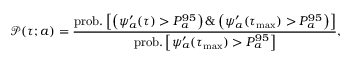
\mathcal { P } ( \tau ; a ) = \frac { \mathrm { p r o b . } \left[ \left( \psi _ { a } ^ { \prime } ( \tau ) > P _ { a } ^ { 9 5 } \right) \& \left( \psi _ { a } ^ { \prime } ( \tau _ { \operatorname* { m a x } } ) > P _ { a } ^ { 9 5 } \right) \right] } { \mathrm { p r o b . } \left[ \psi _ { a } ^ { \prime } ( \tau _ { \operatorname* { m a x } } ) > P _ { a } ^ { 9 5 } \right] } ,